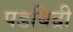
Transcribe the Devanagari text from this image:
पडबिद्री